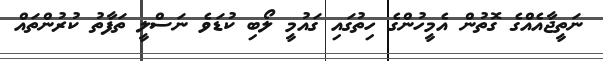
ނަތީޖާއެއްގެ ގޮތުން އެމީހުންގެ ހިތުގައި ގައުމީ ލޯބި ކުޑަވެ ނަސްލީ ތަފާތު ކުރުންތައް